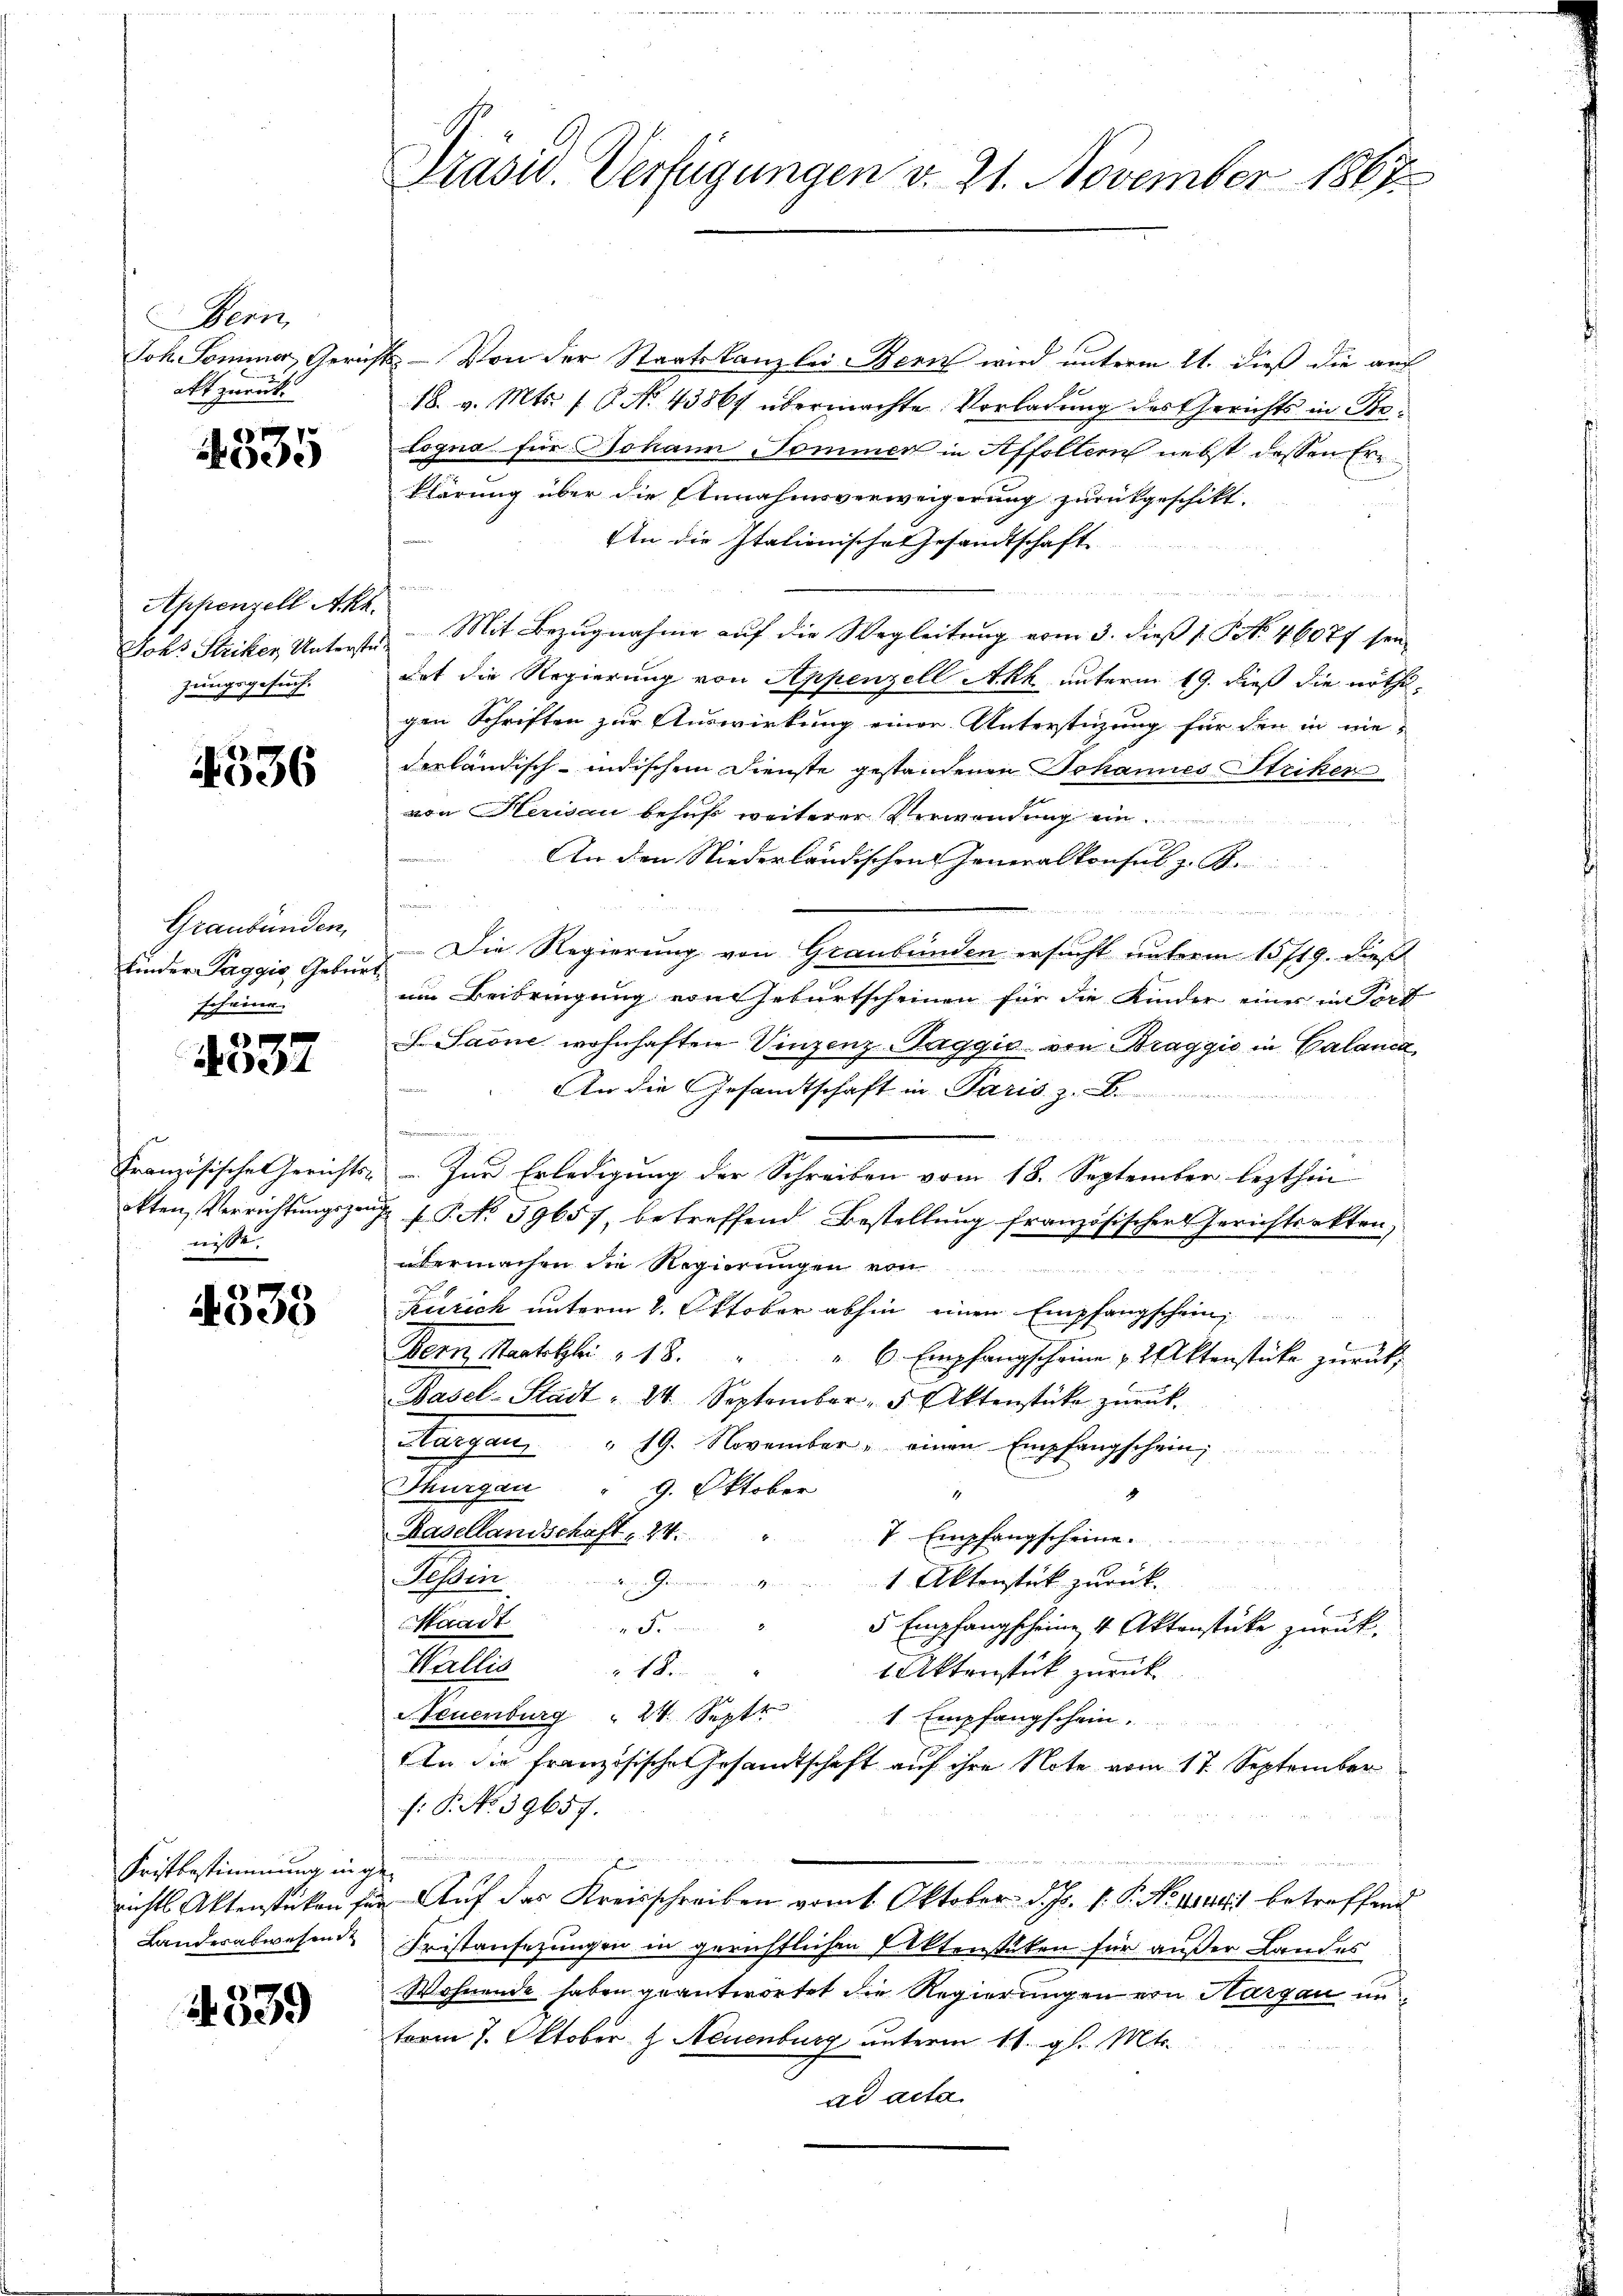
Bern,
Joh. Sommer, Gerich
akt zurück

005

Appenzell Akt.
Johs. Striker, Unterste
zungsgesuch.

4536

Graubünden,
Kinder Taggis Gebur
scheine.

A
Ae

Französische Gerichts-
okten Verrichtungszeu
weiste

4338

Fristbestimmung ing.
nichts Aktenstücken zu
Landwabwesende

539

Präsid. Verfügungen v. 21. November 1867

2 Von der Staatskanzlei Bern wird unterm 21. dieß die auf
18. v. Mts. f. 6. No. 43864 übermachte Vorladung des Gerichts in Ste¬
Logna für Johann Sommer in Affoltem nebst dessen Ern
Klärung über die Annahmsverweigerung zurückgeschikt.
An die Italionische Gesandtschaft
.
 Mit Bezugnahme auf die Wegleitung vom 3. diess 1. No 46077 sein
dat die Regierung von Appenzell Akh unterm 19. dieß die nöthigen Schriften zur Auswirkung einer Unterstüzung für den in nie-
derländisch-indischem Dienste gestandenen Johannes Striker
von Herisau behufs weiterer Verwendung einf
An den Niederländischen Generalkonsul z. B.
B

Die Regierung von Graubünden ersucht unterm 15/19. dieß
um Beibringung von Geburtscheinen für die Kinder eines in Fort
Saone wohnhaften Vinzenz-Haggio von Braggio in Calanca
An die Gesandtschaft in Paris z
e
s
. In Erledigung der Schreiben vom 18. September lezthin
& f. P. No 59657, betreffend Bestellung französischer Gerichtsakten;
übermachen die Regierungen von
Kurech unterm 8. Oktober abhin einen Empfangschein,
Bern Staatslei " 18. " " " 6. Empfangscheine u. 2 Aktenstücke zŭrück,
Basel-Stadt- 24. September, 5 Aktenstüke zŭrück-
Aargau " 19. November einen Empfangschein;
Thurgau
9. Oktober
11
Hasellandschaft . 24.
7 Empfangscheine
Helen
1 Aktenstück zurück
nden Gemeinen unter
Waadt
 Fr.
5 Empfangscheine 4 Aktenstücke zurück,
Wallis
18.
Aktenstück zurück
Neuenburg  24. Sept
1 Empfangschein
An die französische Gesandtschaft auf ihre Note vom 17. September
f: P. No. 39657.
s
Auf das Kreisschreiben vom 1. Oktober d. Js. v. P. No 11441 betreffend
Fristansezungen in gerichtlichen Aktenstüken für außer Landes
Wohnende haben geantwortet die Regierungen von Hargau unterm 7. Oktober & Neuenburg unterm 11. gl. Mts.
ad acta